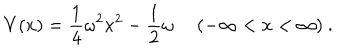
V ( x ) = \frac { 1 } { 4 } \omega ^ { 2 } x ^ { 2 } - \frac { 1 } { 2 } \omega ~ ~ ( - \infty < x < \infty ) ~ .